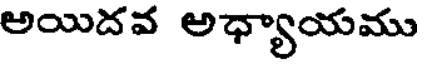
అయిదవ అధ్యాయము